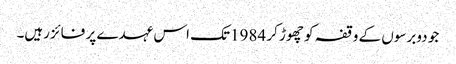
جو دوبرسوں کے وقفہ کو چھوڑ کر 1984تک اس عہدے پر فائزرہیں۔